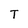
Character: T